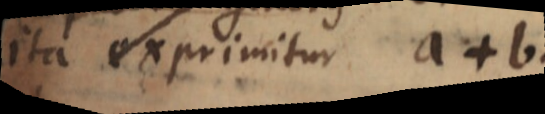
ita exprimitur a+b.